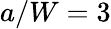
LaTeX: a/W=3